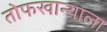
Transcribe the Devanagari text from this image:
तोफखान्याला